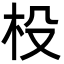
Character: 杸